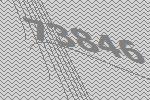
73846